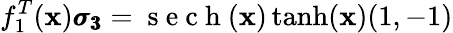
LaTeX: f_{1}^{T}(\mathbf{x})\pmb{\sigma_{3}}=\mathrm{{~s~e~c~h~}}(\mathbf{x})\operatorname{tanh}(\mathbf{x})(1,-1)